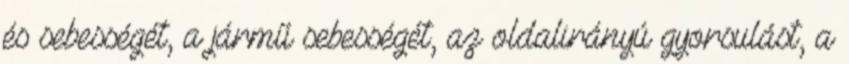
és sebességét, a jármű sebességét, az oldalirányú gyorsulást, a